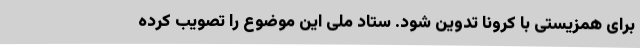
برای همزیستی با کرونا تدوین شود. ستاد ملی این موضوع را تصویب کرده